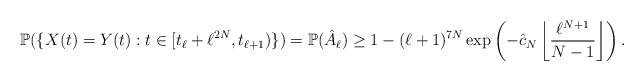
LaTeX: \begin{align*} \mathbb{P} ( \{X(t) = Y(t) : t \in [ t_\ell + \ell^{2N}, t_{\ell+1 }) \}) = \mathbb{P} ( \hat A_\ell ) \geq 1 - (\ell +1)^{7N} \exp \left (-\hat{c}_N \left\lfloor\frac{\ell^{N+1}}{N-1} \right \rfloor \right ).\end{align*}